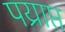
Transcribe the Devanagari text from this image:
पय्राप्त